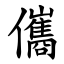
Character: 儶